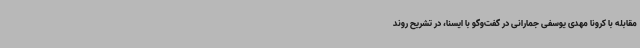
مقابله با کرونا مهدی یوسفی جمارانی در گفت‌وگو با ایسنا، در تشریح روند